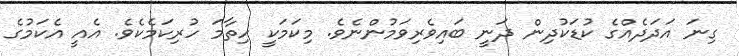
ގިނަ އަދަދެއްގެ ކުޑަކުދިން ދަނީ ބައިވެރިވަމުންނެވެ. މިކަމަކީ ހިތާމަ ހުރިކަމެކެވެ. އެއީ އެކަމުގެ